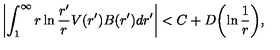
\left| \int _ { 1 } ^ { \infty } r \ln { \frac { r ^ { \prime } } { r } } V ( r ^ { \prime } ) B ( r ^ { \prime } ) d r ^ { \prime } \right| < C + D \biggl ( \ln { \frac { 1 } { r } } \biggr ) ,